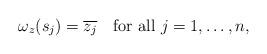
LaTeX: \begin{align*}\omega_z(s_j)=\overline{z_j}\quad\mbox{for all }j=1,\ldots,n,\end{align*}